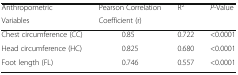
<table><thead><tr><td><b>Anthropometric</b></td><td><b>Pearson Correlation</b></td><td rowspan="2"><b>R<sup>2</sup></b></td><td rowspan="2"><b><i>P</i>-Value</b></td></tr><tr><td><b>Variables</b></td><td><b>Coefficient (r)</b></td></tr></thead><tbody><tr><td>Chest circumference (CC)</td><td>0.85</td><td>0.722</td><td>&lt;0.0001</td></tr><tr><td>Head circumference (HC)</td><td>0.825</td><td>0.680</td><td>&lt;0.0001</td></tr><tr><td>Foot length (FL)</td><td>0.746</td><td>0.557</td><td>&lt;0.0001</td></tr></tbody></table>